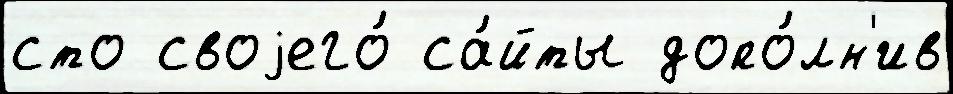
сто своjего́ са́йты допо́лн'ив